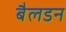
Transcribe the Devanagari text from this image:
बैलडन